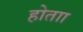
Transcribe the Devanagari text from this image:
होताा